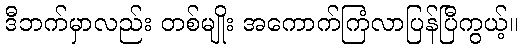
ဒီဘက်မှာလည်း တစ်မျိုး အကောက်ကြံလာပြန်ပြီကွယ့်။